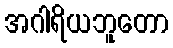
အဂါရိယဘူတော